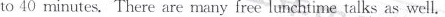
to 40 minutes. There are many free lunchtime talks as well.